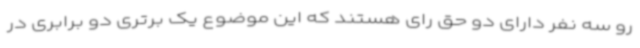
رو سه نفر دارای دو حق رای هستند که این موضوع یک برتری دو برابری در